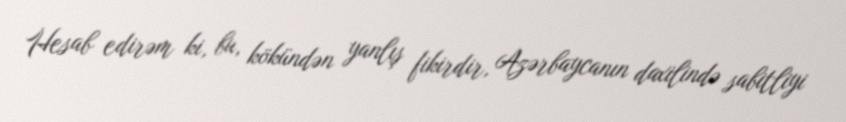
Hesab edirəm ki, bu, kökündən yanlış fikirdir, Azərbaycanın daxilində sabitliyi